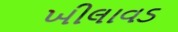
ખીલાવડ